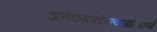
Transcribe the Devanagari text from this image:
अनेकसमवेतत्वम्जातिवर्त्त्य